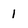
Character: 1